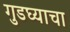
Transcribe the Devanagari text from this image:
गुडघ्याचा